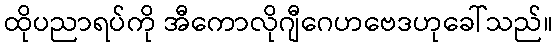
ထိုပညာရပ်ကို အီကောလိုဂျီဂေဟဗေဒဟုခေါ်သည်။